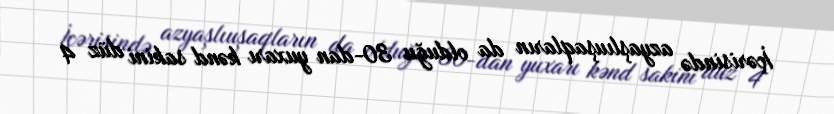
İçərisində azyaşlıuşaqların da olduğu 30-dan yuxarı kənd sakini düz 4